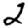
Digit: 2